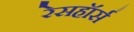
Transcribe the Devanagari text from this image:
रेसहॉर्स